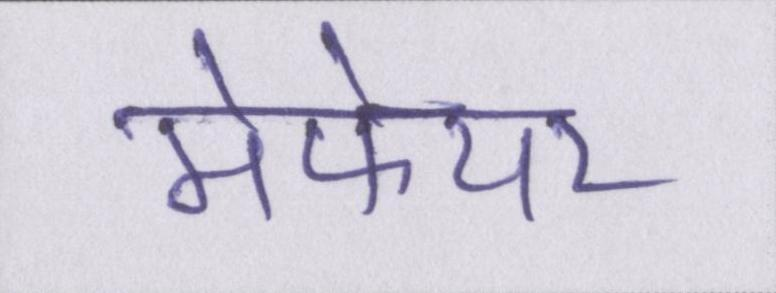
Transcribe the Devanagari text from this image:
मेफेयर